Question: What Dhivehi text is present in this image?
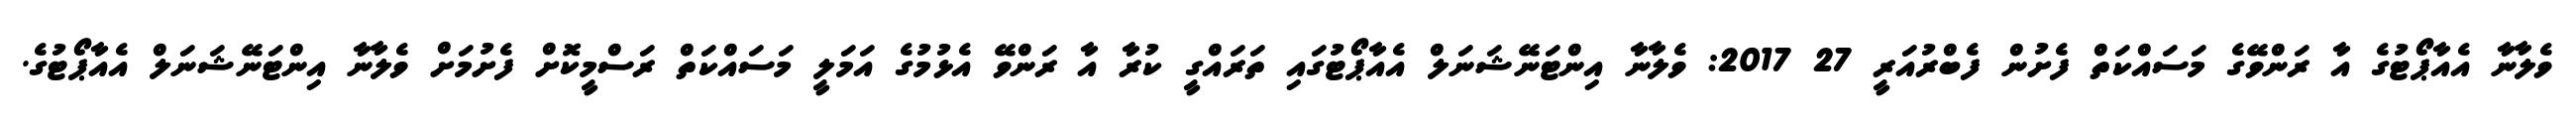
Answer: ވެލާނާ އެއާޕޯޓުގެ އާ ރަންވޭގެ މަސައްކަތް ފެށުން ފެބްރުއަރީ 27 2017: ވެލާނާ އިންޓަނޭޝަނަލް އެއާޕޯޓުގައި ތަރައްގީ ކުރާ އާ ރަންވޭ އެޅުމުގެ އަމަލީ މަސައްކަތް ރަސްމީކޮށް ފެށުމަށް ވެލާނާ އިންޓަނޭޝަނަލް އެއާޕޯޓުގެ.